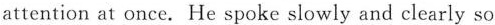
attention at once. He spoke slowly and clearly so